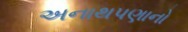
અનાથપણાનો